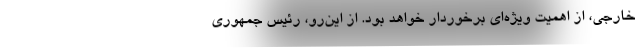
خارجی، از اهمیتِ ویژه‌ای برخوردار خواهد بود. از این‌رو، رئیس جمهوری